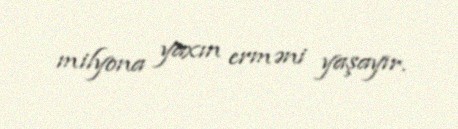
milyona yaxın erməni yaşayır.